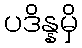
ပဒိန္နမှိ